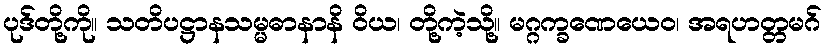
ပုဒ်တို့ကို။ သတိပဋ္ဌာနသမ္မဓာနာနိ ဝိယ၊ တို့ကဲ့သို့။ မဂ္ဂက္ခဏေယေဝ၊ အရဟတ္တမဂ်